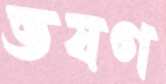
ভষণ